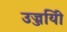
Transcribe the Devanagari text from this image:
उज्जयिी